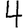
Digit: 4